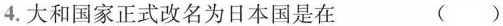
4.大和国家正式改名为日本国是在 ( )